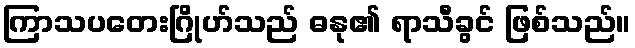
ကြာသပတေးဂြိုဟ်သည် ဓနု၏ ရာသီခွင် ဖြစ်သည်။